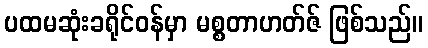
ပထမဆုံးခရိုင်ဝန်မှာ မစ္စတာဟတ်ဇ် ဖြစ်သည်။